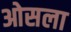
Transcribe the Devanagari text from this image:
ओसला